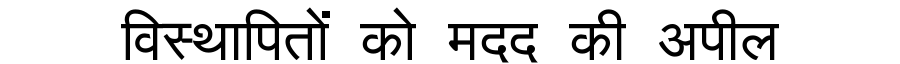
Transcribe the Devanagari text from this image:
विस्थापितों को मदद की अपील